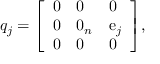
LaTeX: q _ { j } = { \left[ \begin{array} { l l l } { 0 } & { 0 } & { 0 } \\ { 0 } & { 0 _ { n } } & { \operatorname { e } _ { j } } \\ { 0 } & { 0 } & { 0 } \end{array} \right] } ,